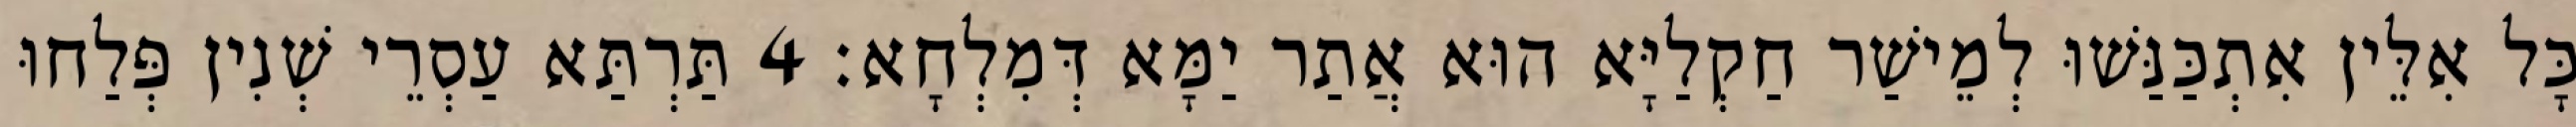
כָּל אִלֵּין אִתְכַּנַּשׁוּ לְמֵישַׁר חַקְלַיָּא הוּא אֲתַר יַמָּא דְּמִלְחָא׃ 4 תַּרְתַּא עַסְרֵי שְׁנִין פְּלַחוּ